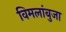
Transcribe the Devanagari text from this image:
विमलांबुजा